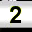
Digit: 2